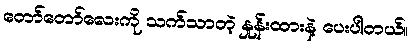
တော်တော်လေးကို သက်သာတဲ့ နှုန်းထားနဲ့ ပေးပါတယ်။